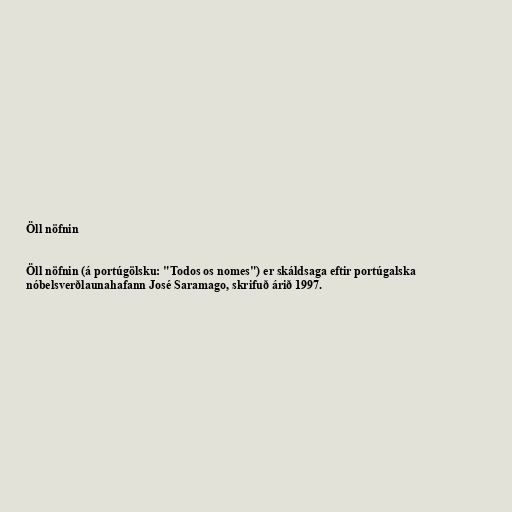
Öll nöfnin

Öll nöfnin (á portúgölsku: "Todos os nomes") er skáldsaga eftir portúgalska
nóbelsverðlaunahafann José Saramago, skrifuð árið 1997.